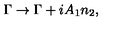
\Gamma \to \Gamma + i A _ { 1 } n _ { 2 } ,